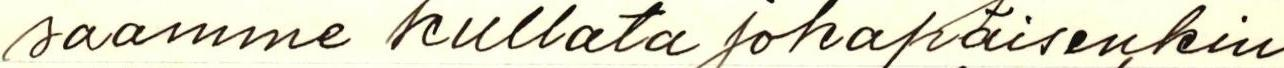
saamme kullata jokapäiväisenkin